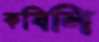
কষিলি